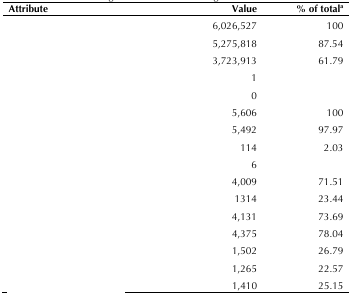
<table><thead><tr><td><b>Attribute</b></td><td><b>Value</b></td><td><b>% of total<sup>a</sup></b></td></tr></thead><tbody><tr><td>[EMPTY_CELL]</td><td>6,026,527</td><td>100</td></tr><tr><td>[EMPTY_CELL]</td><td>5,275,818</td><td>87.54</td></tr><tr><td>[EMPTY_CELL]</td><td>3,723,913</td><td>61.79</td></tr><tr><td>[EMPTY_CELL]</td><td>1</td><td>[EMPTY_CELL]</td></tr><tr><td>[EMPTY_CELL]</td><td>0</td><td>[EMPTY_CELL]</td></tr><tr><td>[EMPTY_CELL]</td><td>5,606</td><td>100</td></tr><tr><td>[EMPTY_CELL]</td><td>5,492</td><td>97.97</td></tr><tr><td>[EMPTY_CELL]</td><td>114</td><td>2.03</td></tr><tr><td>[EMPTY_CELL]</td><td>6</td><td>[EMPTY_CELL]</td></tr><tr><td>[EMPTY_CELL]</td><td>4,009</td><td>71.51</td></tr><tr><td>[EMPTY_CELL]</td><td>1314</td><td>23.44</td></tr><tr><td>[EMPTY_CELL]</td><td>4,131</td><td>73.69</td></tr><tr><td>[EMPTY_CELL]</td><td>4,375</td><td>78.04</td></tr><tr><td>[EMPTY_CELL]</td><td>1,502</td><td>26.79</td></tr><tr><td>[EMPTY_CELL]</td><td>1,265</td><td>22.57</td></tr><tr><td>[EMPTY_CELL]</td><td>1,410</td><td>25.15</td></tr></tbody></table>